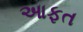
આફત